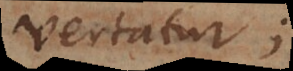
vertatur;